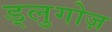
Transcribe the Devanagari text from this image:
ड्लुगोज़